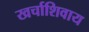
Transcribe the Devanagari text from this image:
खर्चाशिवाय